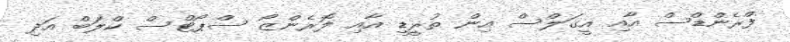
ފްރެންޑްސް އާއި އީގަލްސް އިން ތުރީޑީ އާއި ލޮރެންޒޯ ސްޕޯޓްސް ކްލަބް އަދި